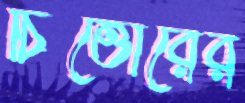
চিত্তোরের